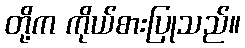
တို့က ကိုယ်စားပြုသည်။